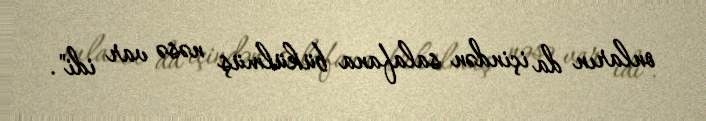
onların da içindən salafana bükülmüş nəsə var idi".